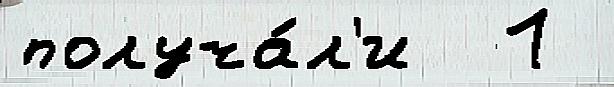
получа́л'и  1